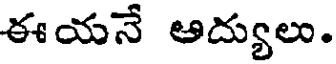
ఈయనే ఆద్యులు.